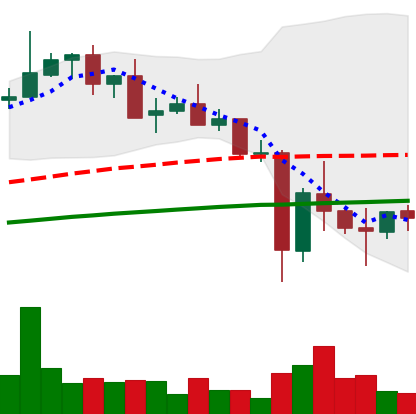
Ticker: XMR-USD
Chart end date: 2021-05-25
Forward return: 6.159%
Label: up_5_7